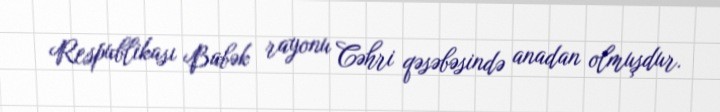
Respublikası Babək rayonu Cəhri qəsəbəsində anadan olmuşdur.